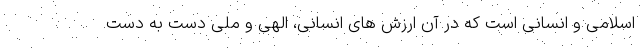
اسلامی و انسانی است که در آن ارزش های انسانی، الهی و ملی دست به دست